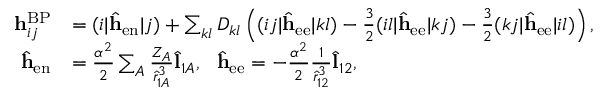
\begin{array} { r l } { \mathbf { h } _ { i j } ^ { \mathrm { B P } } } & { = ( i | \hat { \mathbf { h } } _ { \mathrm { e n } } | j ) + \sum _ { k l } D _ { k l } \left( ( i j | \hat { \mathbf { h } } _ { \mathrm { e e } } | k l ) - \frac { 3 } { 2 } ( i l | \hat { \mathbf { h } } _ { \mathrm { e e } } | k j ) - \frac { 3 } { 2 } ( k j | \hat { \mathbf { h } } _ { \mathrm { e e } } | i l ) \right) , } \\ { \hat { \mathbf { h } } _ { \mathrm { e n } } } & { = \frac { \alpha ^ { 2 } } { 2 } \sum _ { A } \frac { Z _ { A } } { \hat { r } _ { 1 A } ^ { 3 } } \hat { \mathbf { l } } _ { 1 A } , \ \ \hat { \mathbf { h } } _ { \mathrm { e e } } = - \frac { \alpha ^ { 2 } } { 2 } \frac { 1 } { \hat { r } _ { 1 2 } ^ { 3 } } \hat { \mathbf { l } } _ { 1 2 } , } \end{array}